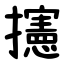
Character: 攇